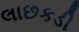
લાછકડી